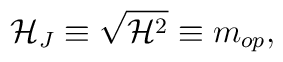
{\cal H}_J\equiv \sqrt{{\cal H}^2} \equiv m_{op},